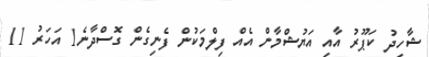
ޝާހިދު ކަޕޫރު އާއި އަޔުޝްމާން އެއް ފިލްމަކުން ފެނިގެން ގޮސްދާނެ1 އަހަރު 11